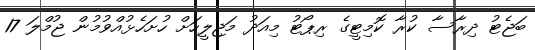
ބަޖެޓު ދިރާސާ ކުރާ ކޮމިޓީގެ ރިޕޯޓު މިއަދު މަޖިލީހަށް ހުށަހެޅުއްވުމުން ޖުމްލަ 17